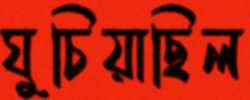
ঘুচিয়াছিল